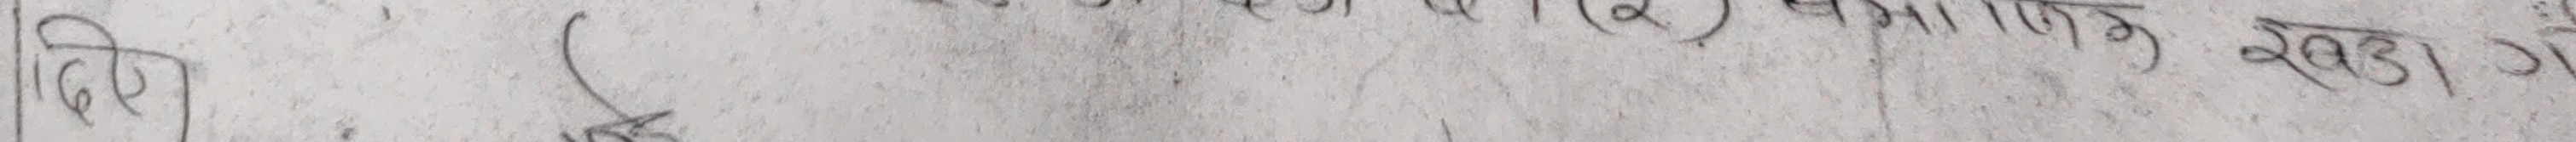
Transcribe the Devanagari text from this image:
विधि